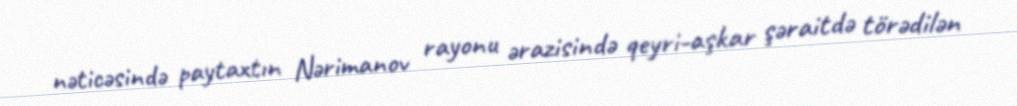
nəticəsində paytaxtın Nərimanov rayonu ərazisində qeyri-aşkar şəraitdə törədilən